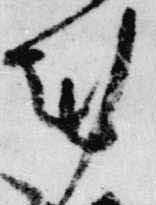
剋